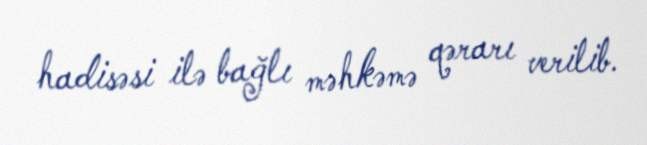
hadisəsi ilə bağlı məhkəmə qərarı verilib.